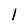
Character: l